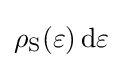
\rho _{\text{S}}(\varepsilon )\,\mathrm {d} \varepsilon